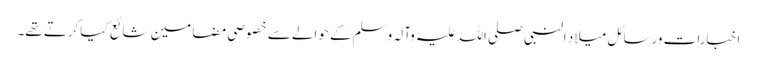
اخبارات ورسائل میلاد النبی صلی اللہ علیہ وآلہ وسلم کے حوالے سے خصوصی مضامین شائع کیاکرتے تھے۔